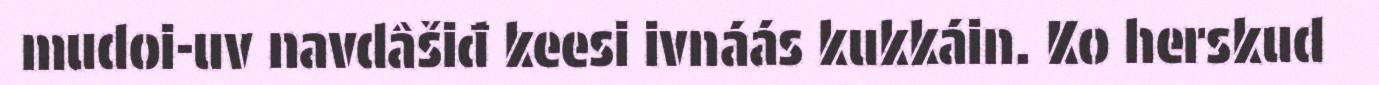
mudoi-uv navdâšiđ keesi ivnáás kukkáin. Ko herskud